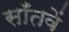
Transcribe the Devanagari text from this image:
साँतवें